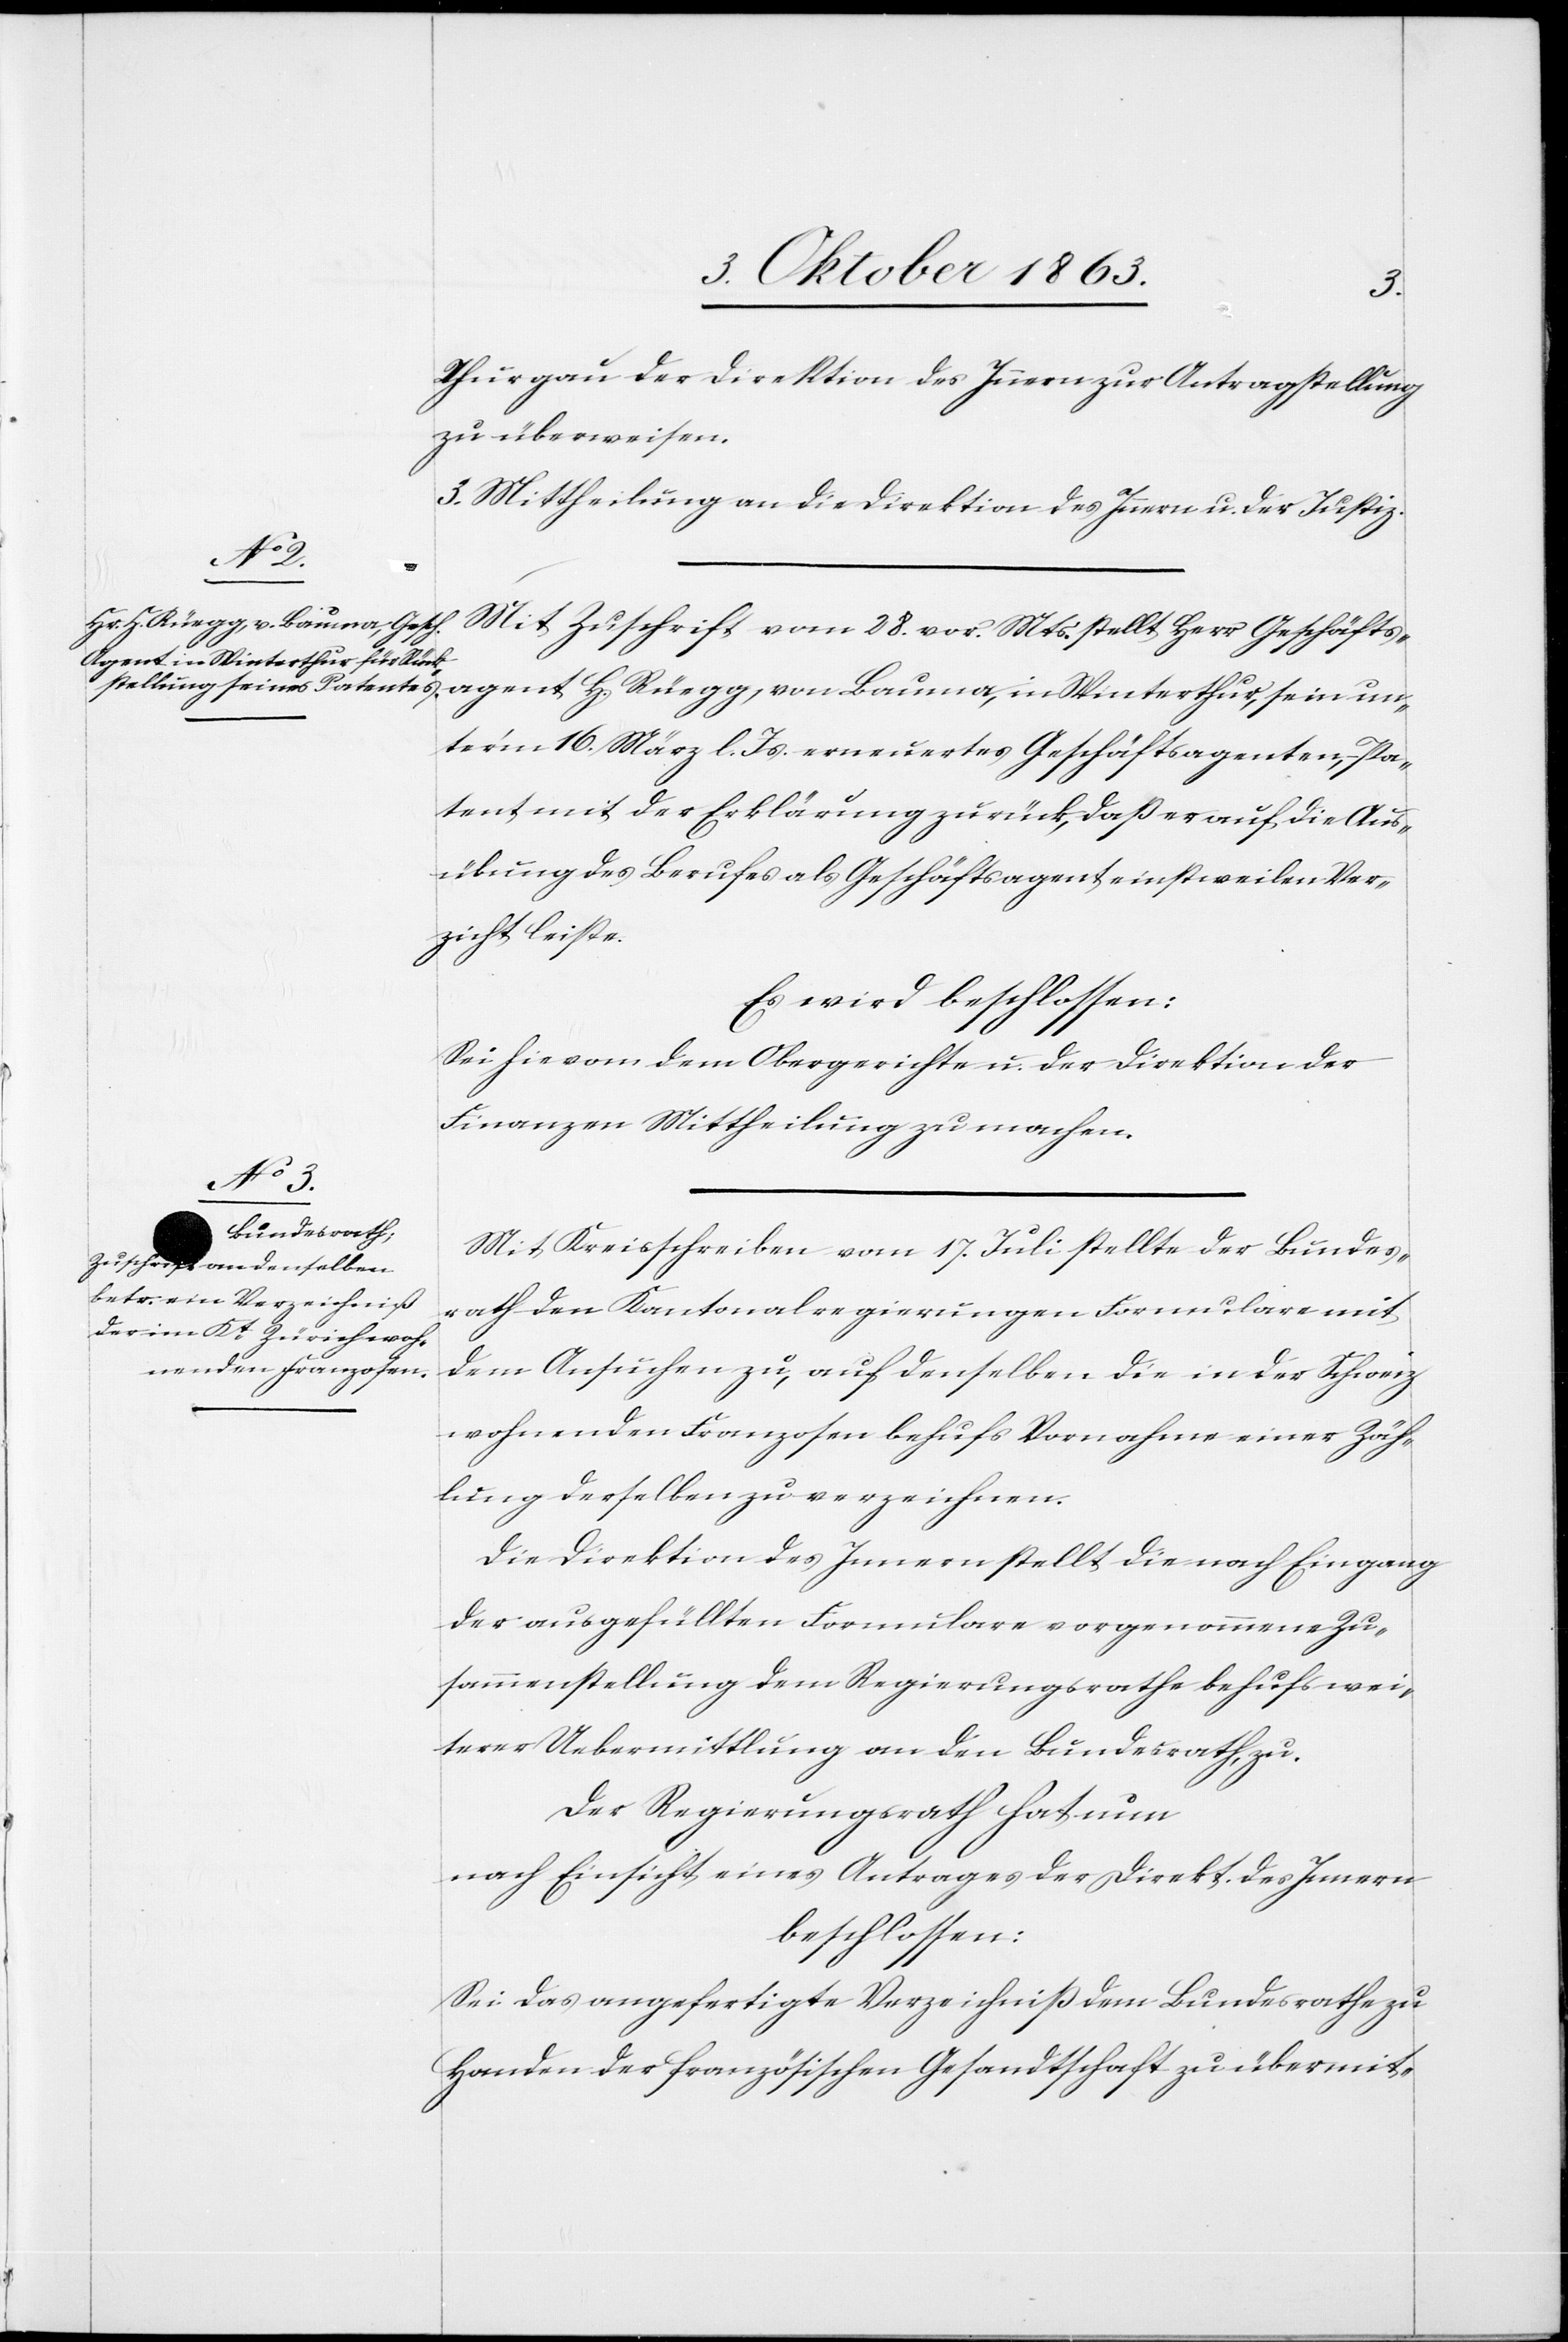
Thurgau der Direktion des Innern zur Antragstellung
zu überweisen.
3. Mittheilung an die Direktion des Innern u. der Justiz.
Mit Zuschrift vom 28. vor. Mts. stellt Herr Geschäftsagent
Bauma, in Winterthur, sein un¬
term 16. März l. Js. erneuertes Geschäftsagenten-Pa¬
tent mit der Erklärung zurück, daß er auf die Aus¬
übung des Berufes als Geschäftsagent einstweilen Ver¬
zicht leiste.
Es wird beschlossen:
Sei hievom [sic!] dem Obergerichte u. der Direktion der
Finanzen Mittheilung zu machen.
Mit Kreisschreiben vom 17. Juli stellte der Bundes¬
rath den Kantonalregierungen Formulare mit
dem Ansuchen zu, auf denselben die in der Schweiz
wohnenden Franzosen behufs Vornahme einer Zäh¬
lung derselben zu verzeichnen.
Die Direktion des Innern stellt die nach Eingang
der ausgefüllten Formulare vorgenommene Zu¬
sammenstellung dem Regierungsrathe behufs wei¬
terer Uebermittlung an den Bundesrath, zu.
Der Regierungsrath hat nun
nach Einsicht eines Antrages der Direkt. des Innern
beschlossen:
Sei das angefertigte Verzeichniß dem Bundesrathe zu
Handen der französischen Gesandtschaft zu übermit-